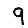
Digit: 9